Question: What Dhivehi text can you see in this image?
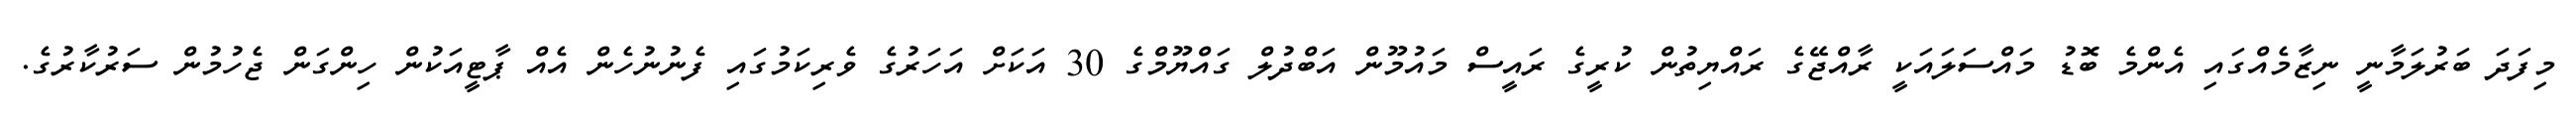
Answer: މިފަދަ ބަރުލަމާނީ ނިޒާމެއްގައި އެންމެ ބޮޑު މައްސަލައަކީ ރާއްޖޭގެ ރައްޔިތުން ކުރީގެ ރައީސް މައުމޫން އަބްދުލް ގައްޔޫމްގެ 30 އަކަށް އަހަރުގެ ވެރިކަމުގައި ފެނުނުހެން އެއް ޕާޓީއަކުން ހިންގަން ޖެހުމުން ސަރުކާރުގެ.